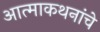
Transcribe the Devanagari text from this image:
आत्माकथनांचे